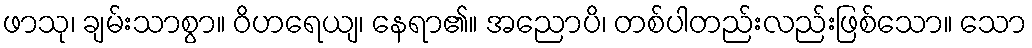
ဖာသု၊ ချမ်းသာစွာ။ ဝိဟရေယျ၊ နေရာ၏။ အညောပိ၊ တစ်ပါတည်းလည်းဖြစ်သော။ သော